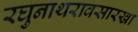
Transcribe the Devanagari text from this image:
रघुनाथरावसारखा